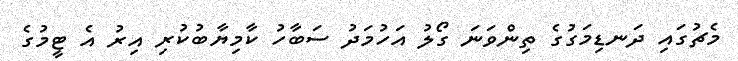
މެޗުގައި ދަނޑިމަގުގެ ތިންވަނަ ގޯލު އަހުމަދު ސަބާހު ކާމިޔާބުކުރި އިރު އެ ޓީމުގެ